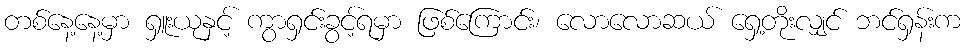
တစ်နေ့နေ့မှာ ရှူးယုနှင့် ကွာရှင်းခွင့်ရမှာ ဖြစ်ကြောင်း၊ လောလောဆယ် ရှေ့တိုးလျှင် ဘင်ရှန်းက